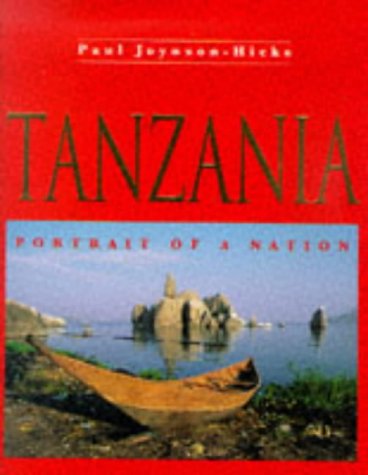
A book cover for Tanzania: Portrait of a Nation; Paul Joynson-Hicks; Travel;